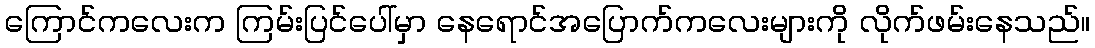
ကြောင်ကလေးက ကြမ်းပြင်ပေါ်မှာ နေရောင်အပြောက်ကလေးများကို လိုက်ဖမ်းနေသည်။